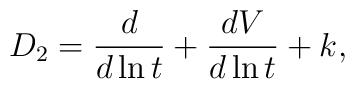
D_2 = \frac{d}{d\ln t} + \frac{d V}{d\ln t} + k,